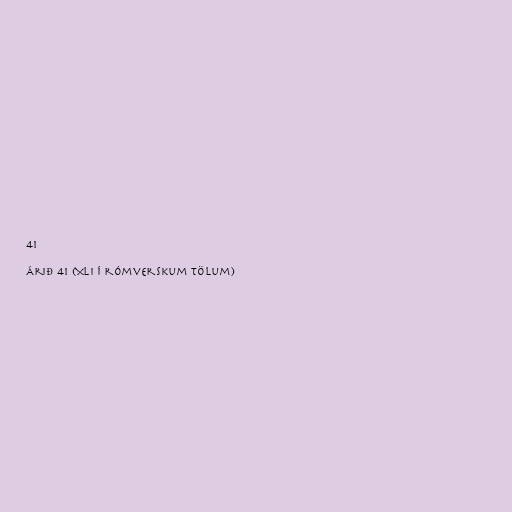
41

Árið 41 (XLI í rómverskum tölum)